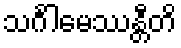
သင်္ဂါမေဿန္တီတိ